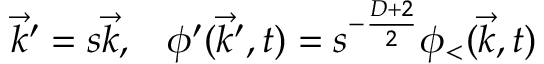
\vec { k } ^ { \prime } = s \vec { k } , \; \; \; \phi ^ { \prime } ( \vec { k } ^ { \prime } , t ) = s ^ { - \frac { D + 2 } { 2 } } \phi _ { < } ( \vec { k } , t )